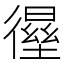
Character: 𰐸